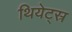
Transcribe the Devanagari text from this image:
थियेट्स्र